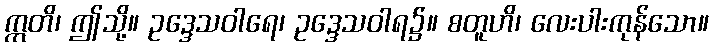
ဣတိ၊ ဤသို့။ ဥဒ္ဒေသဝါရေ၊ ဥဒ္ဒေသဝါရ၌။ စတူဟိ၊ လေးပါးကုန်သော။